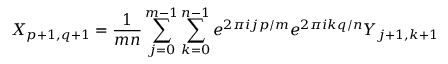
X _ { p + 1 , q + 1 } = \frac { 1 } { m n } \sum _ { j = 0 } ^ { m - 1 } \sum _ { k = 0 } ^ { n - 1 } e ^ { 2 \pi i j p / m } e ^ { 2 \pi i k q / n } Y _ { j + 1 , k + 1 }